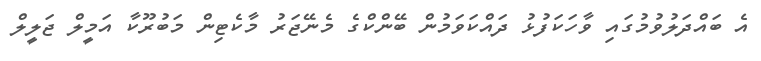
އެ ބައްދަލުވުމުގައި ވާހަކަފުޅު ދައްކަވަމުން ބޭންކްގެ މެނޭޖަރު މާކެޓިން މަބުރޫކާ އަމީލް ޖަލީލް